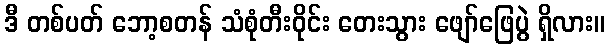
ဒီ တစ်ပတ် ဘော့စတန် သံစုံတီးဝိုင်း တေးသွား ဖျော်ဖြေပွဲ ရှိလား။